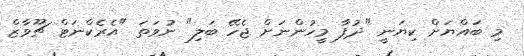
މި ބައްޔަށް ކިޔަނީ "ދުފާ މީހުންނަށް ޖެހޭ ބަލި" ނުވަތަ "އެރެކްނަޓް ޗޫވާޒް